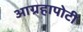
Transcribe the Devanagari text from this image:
आग्रहापोटी